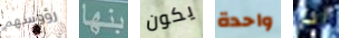
رؤوسهم بنها يكون واحدة انا